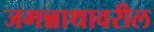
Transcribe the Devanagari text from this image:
जगन्नाथावरील